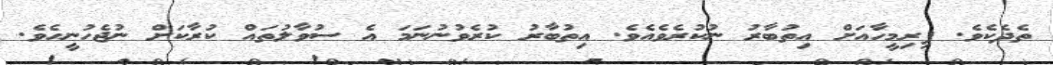
ތެދެކެވެ. ފިރިމީހާއަށް އިތުބާރު ނުކުރެވެއެވެ. އިތުބާރު ކުރެވުނުނަމަ އެ ސުވާލުތައް ކުރާކަށް ނުޖެހުނީހެވެ.